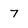
Character: 7